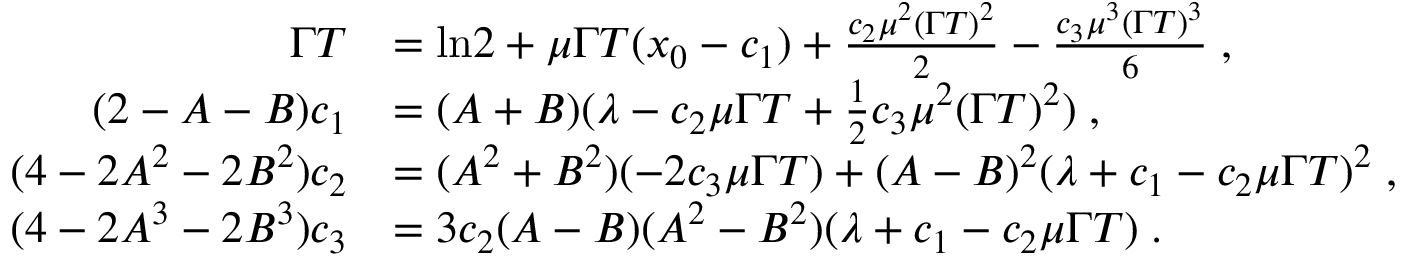
\begin{array} { r l } { \Gamma T } & { = \ln \! 2 + \mu \Gamma T ( x _ { 0 } - c _ { 1 } ) + \frac { c _ { 2 } \mu ^ { 2 } ( \Gamma T ) ^ { 2 } } { 2 } - \frac { c _ { 3 } \mu ^ { 3 } ( \Gamma T ) ^ { 3 } } { 6 } \; , } \\ { ( 2 - A - B ) c _ { 1 } } & { = ( A + B ) ( \lambda - c _ { 2 } \mu \Gamma T + \frac { 1 } { 2 } c _ { 3 } \mu ^ { 2 } ( \Gamma T ) ^ { 2 } ) \; , } \\ { ( 4 - 2 A ^ { 2 } - 2 B ^ { 2 } ) c _ { 2 } } & { = ( A ^ { 2 } + B ^ { 2 } ) ( - 2 c _ { 3 } \mu \Gamma T ) + ( A - B ) ^ { 2 } ( \lambda + c _ { 1 } - c _ { 2 } \mu \Gamma T ) ^ { 2 } \; , } \\ { ( 4 - 2 A ^ { 3 } - 2 B ^ { 3 } ) c _ { 3 } } & { = 3 c _ { 2 } ( A - B ) ( A ^ { 2 } - B ^ { 2 } ) ( \lambda + c _ { 1 } - c _ { 2 } \mu \Gamma T ) \; . } \end{array}